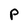
Character: P